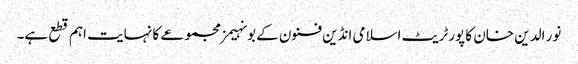
نور الدین خان کا پورٹریٹ اسلامی انڈین فنون کے بونہیمز مجموعے کا نہایت اہم قطع ہے۔